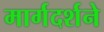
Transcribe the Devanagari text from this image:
मार्गदर्शने